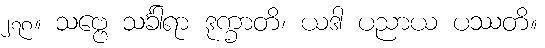
၂၇၈။ သဗ္ဗေ သင်္ခါရာ ဒုက္ခာတိ၊ ယဒါ ပညာယ ပဿတိ။